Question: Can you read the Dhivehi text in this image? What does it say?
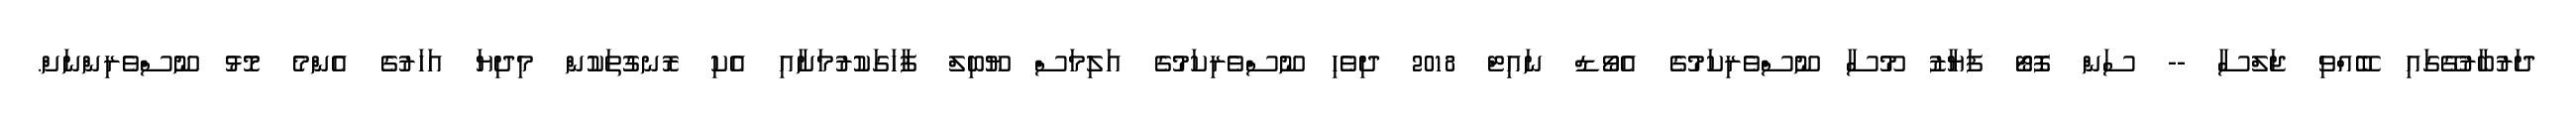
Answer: ދަރުބާރުގޭގައި ބޭއްވި ޖަލްސާ -- ސަން ފޮޓޯ ފަޔާޒު މޫސާ ނޫސްވެރިކަމުގެ އެވޯޑް ނައިޓް 2018 ދިވެހި ނޫސްވެރިކަމުގެ އަލިމަސް ޔޫބިލް ފާހަގަކުރުމަށާއި އެކި ރޮނގުތަކުން މިދިޔަ އަހަރުގެ އެންމެ މޮޅު ނޫސްވެރިންނަށް.